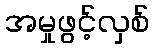
အမှုဖွင့်လှစ်